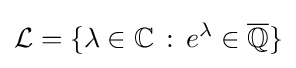
{\mathcal {L}}=\{\lambda \in \mathbb {C} \,:\,e^{\lambda }\in {\overline {\mathbb {Q} }}\}